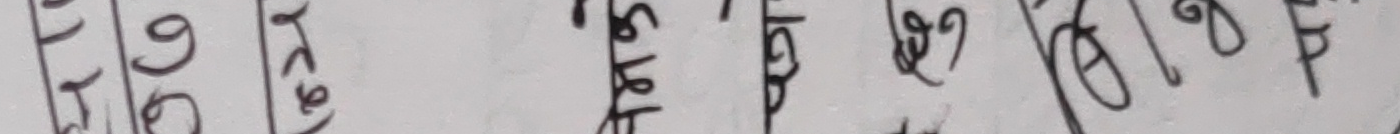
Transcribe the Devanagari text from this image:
१६७/०७६।७७
१७४/०७६।७७
१७०/०७६।७७
१६९/०७६।७७